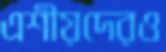
এশীয়দেরও